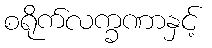
စရိုက်လက္ခဏာနှင့်